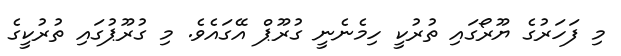
މި ފަހަރުގެ ޔޫރޯގައި ތުރުކީ ހިމެނެނީ ގުރޫޕް އޭގައެވެ. މި ގުރޫޕުގައި ތުރުކީގެ